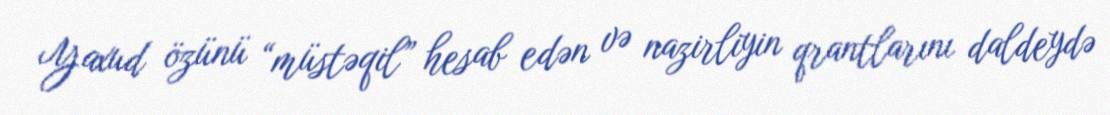
Yaxud özünü “müstəqil” hesab edən və nazirliyin qrantlarını daldeydə